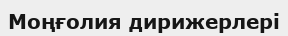
Моңғолия дирижерлері